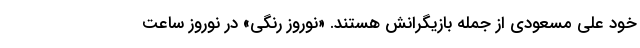
خود علی مسعودی از جمله بازیگرانش هستند. «نوروز رنگی» در نوروز ساعت